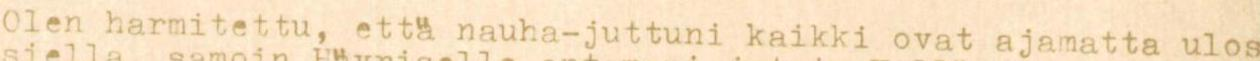
Olen harmitettu, että nauha-juttuni kaikki ovat ajamatta ulos